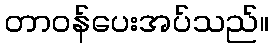
တာဝန်ပေးအပ်သည်။